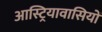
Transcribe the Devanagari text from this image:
आस्ट्रियावासियों